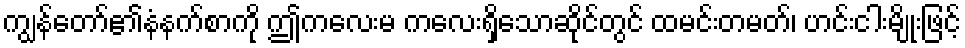
ကျွန်တော်၏နံနက်စာကို ဤကလေးမ ကလေးရှိသောဆိုင်တွင် ထမင်းတမတ်၊ ဟင်းငါးမျိုးဖြင့်